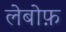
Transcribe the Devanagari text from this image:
लेबोफ़